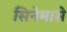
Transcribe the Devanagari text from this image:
सिनेमासे